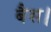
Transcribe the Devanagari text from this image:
बैस।